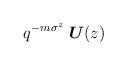
LaTeX: \begin{align*}\;q^{-m\sigma^z}\;\mbox{\boldmath $U$}(z)\end{align*}